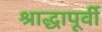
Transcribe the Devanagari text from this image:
श्राद्धापूर्वी